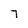
Character: 7